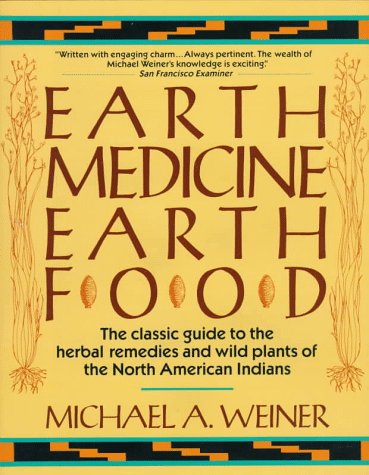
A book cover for Earth Medicine, Earth Food; Michael A. Weiner; Cookbooks, Food & Wine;